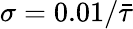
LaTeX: \sigma=0.01/\bar{\tau}